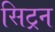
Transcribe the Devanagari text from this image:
सिट्रन